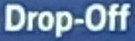
Drop-Off